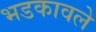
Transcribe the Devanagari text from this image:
भडकावले